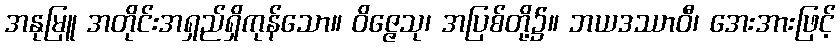
အနုမြူ အတိုင်းအရှည်ရှိကုန်သော။ ဝိဇ္ဇေသု၊ အပြစ်တို့၌။ ဘယဒဿာဝီ၊ အေးအားဖြင့်